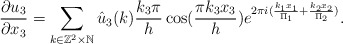
\begin{align*}\frac{\partial u_3}{\partial x_3}=\sum_{k\in \mathbb{Z}^2 \times \mathbb{N}}\hat{u}_3(k) \frac{k_3 \pi}{h}\cos(\frac{\pi k_3x_3}{h})e^{2\pi i (\frac{k_1x_1}{\Pi_1}+\frac{k_2x_2}{\Pi_2})}.\end{align*}